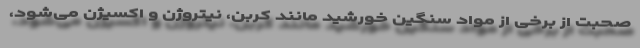
صحبت از برخی از مواد سنگین خورشید مانند کربن، نیتروژن و اکسیژن می‌شود،